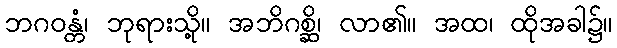
ဘဂဝန္တံ၊ ဘုရားသို့။ အဘိဂစ္ဆိ၊ လာ၏။ အထ၊ ထိုအခါ၌။